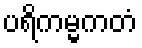
ပရိကမ္မကတံ